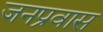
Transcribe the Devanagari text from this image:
जनप्रवास